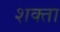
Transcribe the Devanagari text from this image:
शक्ता